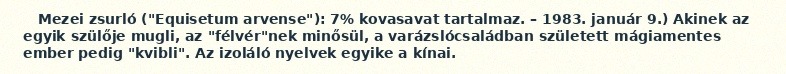
Mezei zsurló ("Equisetum arvense"): 7% kovasavat tartalmaz. – 1983. január 9.) Akinek az egyik szülője mugli, az "félvér"nek minősül, a varázslócsaládban született mágiamentes ember pedig "kvibli". Az izoláló nyelvek egyike a kínai.